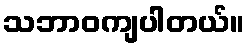
သဘာဝကျပါတယ်။